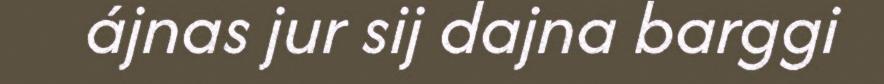
ájnas jur sij dajna barggi